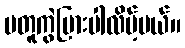
မတူကွဲပြားပါလိမ့်မယ်။